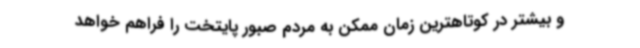
و بیشتر در کوتاهترین زمان ممکن به مردم صبور پایتخت را فراهم خواهد